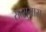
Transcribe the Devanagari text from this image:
सत्सुमास